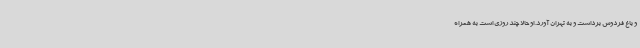
و باغ فردوس برداشت و به تهران آورد. او حالا چند روزی است به همراه